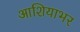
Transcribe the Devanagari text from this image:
आशियाभर